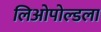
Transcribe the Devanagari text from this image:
लिओपोल्डला